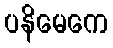
ပနိမေကေ